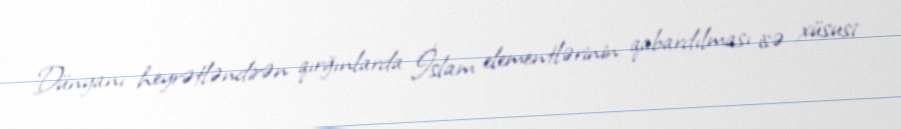
Dünyanı heyrətləndirən qırğınlarda İslam elementlərinin qabardılması isə xüsusi